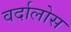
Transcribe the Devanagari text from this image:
वर्दालोस